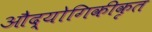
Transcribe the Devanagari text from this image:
औद्योगिकीकृत